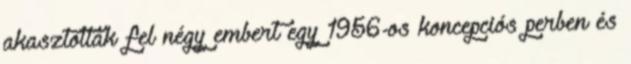
akasztottak fel négy embert egy 1956-os koncepciós perben és